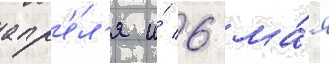
апр'е́л'я и́ 6 ма́я